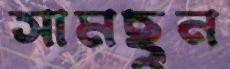
সামছুন